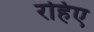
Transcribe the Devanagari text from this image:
रहिए